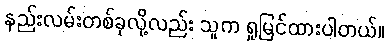
နည်းလမ်းတစ်ခုလို့လည်း သူက ရှုမြင်ထားပါတယ်။